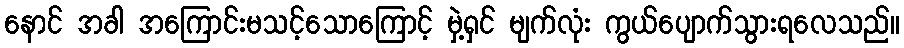
နောင် အခါ အကြောင်းမသင့်သောကြောင့် မှဲ့ရှင် မျက်လုံး ကွယ်ပျောက်သွားရလေသည်။